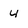
Character: 4